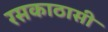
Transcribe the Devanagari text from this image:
रसकाठासी